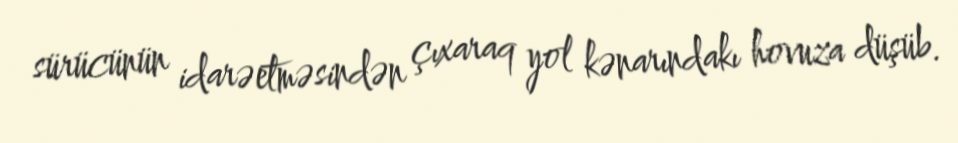
sürücünün idarəetməsindən çıxaraq yol kənarındakı hovuza düşüb.